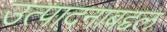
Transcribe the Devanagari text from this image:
उत्पादनाबद्दल